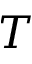
T